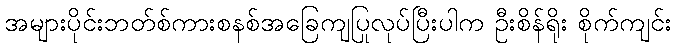
အများပိုင်းဘတ်စ်ကားစနစ်အခြေကျပြုလုပ်ပြီးပါက ဦးစိန်ရိုး စိုက်ကျင်း